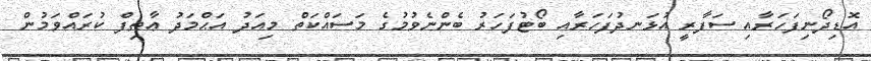
އޮޑިދޯނިފަހަރާއި ސަފާރީ އުޅަނދުފަހަރާއި ބޯޓުފަހަރު ބެންނެވުމުގެ މަސައްކަތް މިއަދު އަޙްމަދު ޢާޠިފް ކުރައްވަމުން